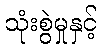
သုံးစွဲမှုနှင့်